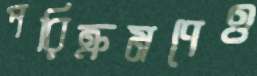
পরিক্রমণেও